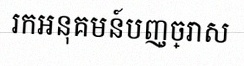
រកអនុគមន៍បញ្ច្រាស